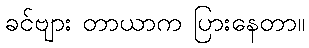
ခင်ဗျား တာယာက ပြားနေတာ။